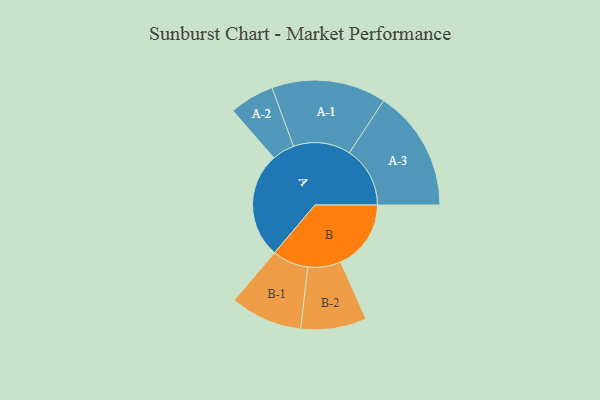
{"axis": {"x": "Segment", "y": "Value"}, "legend": ["", "A", "B"], "data": [{"x": "A", "y": 494, "type": ""}, {"x": "B", "y": 330, "type": ""}, {"x": "A-1", "y": 268, "type": "A"}, {"x": "A-2", "y": 105, "type": "A"}, {"x": "A-3", "y": 284, "type": "A"}, {"x": "B-1", "y": 169, "type": "B"}, {"x": "B-2", "y": 154, "type": "B"}]}